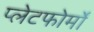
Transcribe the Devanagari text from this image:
प्लेटफोर्मों